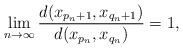
LaTeX: \begin{align*} \lim_{n\to\infty}\frac{d(x_{p_n+1},x_{q_n+1})}{d(x_{p_n},x_{q_n})}=1, \end{align*}